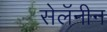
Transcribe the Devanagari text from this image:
सेलॅनीन